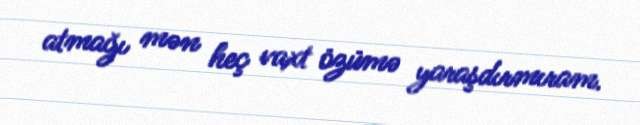
atmağı mən heç vaxt özümə yaraşdırmıram.